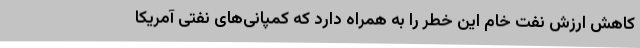
کاهش ارزش نفت خام این خطر را به همراه دارد که کمپانی‌های نفتی آمریکا